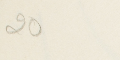
20